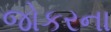
જોકરના